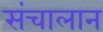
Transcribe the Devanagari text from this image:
संचालान